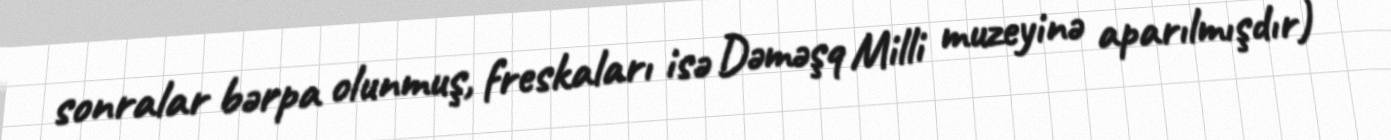
sonralar bərpa olunmuş, freskaları isə Dəməşq Milli muzeyinə aparılmışdır)